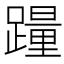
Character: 𰸮